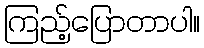
ကြည့်ပြောတာပါ။